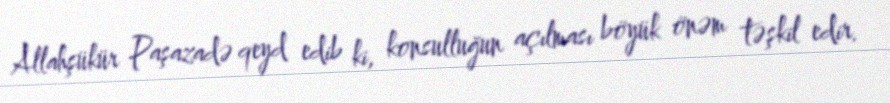
Allahşükür Paşazadə qeyd edib ki, konsulluğun açılması böyük önəm təşkil edir.